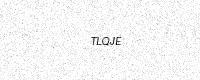
Text: TLQJE